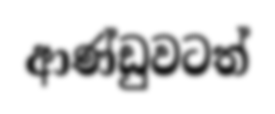
ආණ්ඩුවටත්